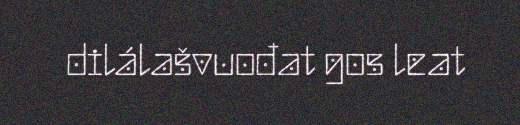
dilálašvuođat gos leat